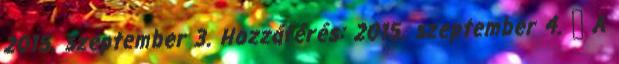
2015. szeptember 3. Hozzáférés: 2015. szeptember 4. ↑ A